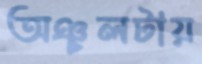
অঞ্চলটায়